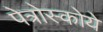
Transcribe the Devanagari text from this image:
पेत्रोस्कोये